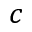
c